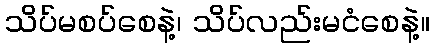
သိပ်မစပ်စေနဲ့၊ သိပ်လည်းမငံစေနဲ့။